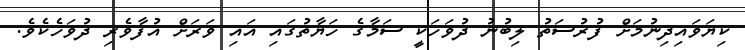
ކިޔަވައިދިނުމަށް ފުރުސަތު ލިބުނު ދުވަހަކީ ސަމާގެ ހަޔާތުގައި އައި ވަރަށް އުފާވެރި ދުވަހެކެވެ.